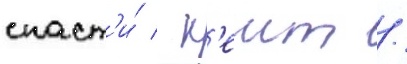
спаст'и́ / к'еит /